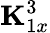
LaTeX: {\mathbf K}_{1x}^{3}